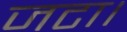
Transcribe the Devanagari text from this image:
जटा।